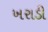
ખરાડી